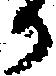
か